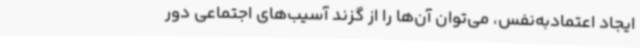
ایجاد اعتمادبه‌نفس، می‌توان آن‌ها را از گزند آسیب‌های اجتماعی دور